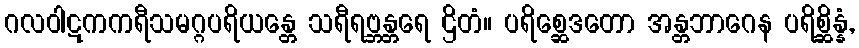
ဂလဝါဋကကရီသမဂ္ဂပရိယန္တေ သရီရဗ္ဘန္တရေ ဌိတံ။ ပရိစ္ဆေဒတော အန္တဘာဂေန ပရိစ္ဆိန္နံ,